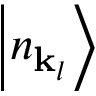
\left| n _ { \mathbf { k } _ { l } } \right\rangle